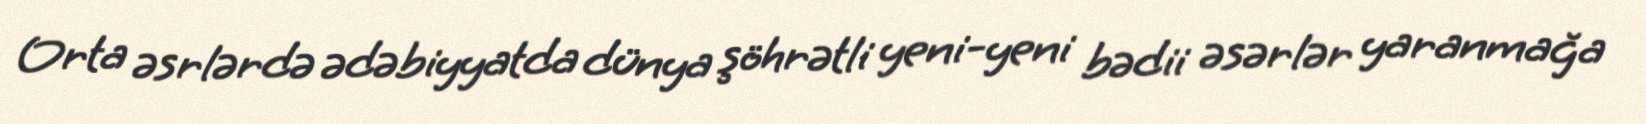
Orta əsrlərdə ədəbiyyatda dünya şöhrətli yeni-yeni bədii əsərlər yaranmağa